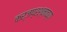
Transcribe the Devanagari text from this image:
कर्जप्रश्नाच्या